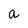
Character: a